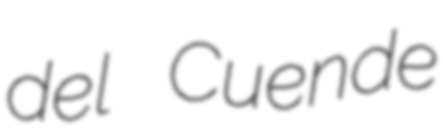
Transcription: del Cuende